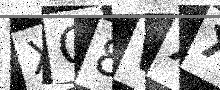
Text: XG8WXX